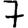
Digit: 7